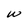
Character: W